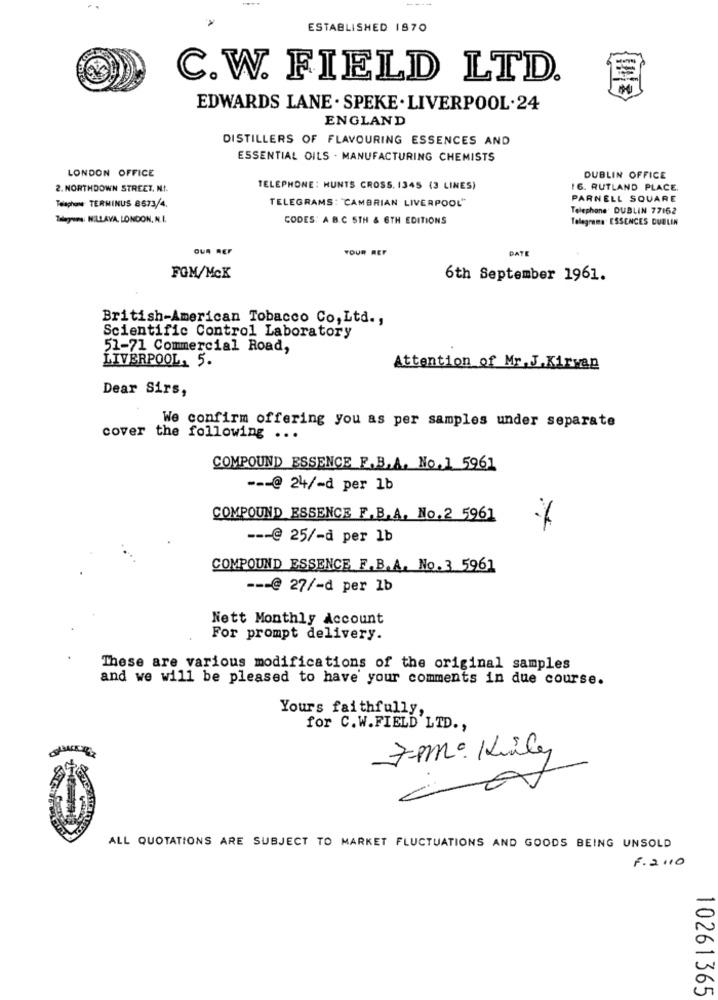
ESTABLISHED 1870
C.W. FIELD LTD.
EDWARDS LANE . SPEKE . LIVERPOOL.24
ENGLAND
DISTILLERS OF FLAVOURING ESSENCES AND
ESSENTIAL OILS . MANUFACTURING CHEMISTS
LONDON OFFICE
DUBLIN OFFICE
2. NORTHDOWN STREET. N.I.
TELEPHONE: HUNTS CROSS. 1345 (3 LINES)
6. RUTLAND PLACE.
TELEGRAMS: "CAMBRIAN LIVERPOOL"
PARNELL SQUARE
Teaphone TERMINUS 8673/4.
Telephone' DUBLIN 77162
Belegung: NILLAVA, LONDON. N. I.
CODES: ABC STH & 6TH EDITIONS
Telegrama ESSENCES DUBLIN
QUA REF
YOUR REF
DATE
FOM/McK
6th September 1961.
British-American Tobacco Co, Ltd .,
Scientific Control Laboratory
51-71 Commercial Road,
LIVERPOOL, 5.
Attention of Mr. J. Kirvan
Dear Sirs,
We confirm offering you as per samples under separate
cover the following ...
COMPOUND ESSENCE F.B.A. No. 1 5961
--- @ 24/-d per 1b
COMPOUND ESSENCE F.B.A. No.2 5961
--- @ 25/-d per lb
COMPOUND ESSENCE F.B.A. No. 3 5961
--- @ 27/-d per 1b
Nett Monthly Account
For prompt delivery.
These are various modifications of the original samples
and we will be pleased to have your comments in due course.
Yours faithfully,
for C.W.FIELD'LTD. ,
7pm: Ki
ALL QUOTATIONS ARE SUBJECT TO MARKET FLUCTUATIONS AND GOODS BEING UNSOLD
F.2110
10261365